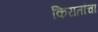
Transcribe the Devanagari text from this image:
किरातांचा